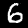
Digit: 6